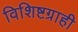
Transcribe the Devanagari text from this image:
विशिष्टग्राही